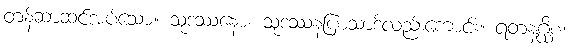
တန်ဆာဆင်အပ်သော။ သုဒဿနော၊ သုဒဿနပြာသာဒ်လည်းကောင်း။ ရတနဂ္ဃိစ၊